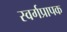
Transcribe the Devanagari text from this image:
स्वर्गप्रापक